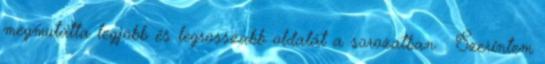
megmutatta legjobb és legrosszabb oldalát a sorozatban. : Szerintem